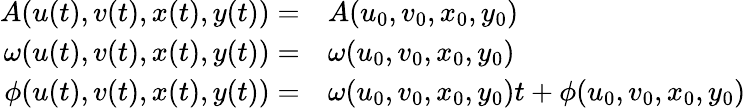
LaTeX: \begin{array}{rl}{A(u(t),v(t),x(t),y(t))=}&{A(u_{0},v_{0},x_{0},y_{0})}\\ {\omega(u(t),v(t),x(t),y(t))=}&{\omega(u_{0},v_{0},x_{0},y_{0})}\\ {\phi(u(t),v(t),x(t),y(t))=}&{\omega(u_{0},v_{0},x_{0},y_{0})t+\phi(u_{0},v_{0},x_{0},y_{0})}\end{array}